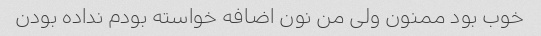
خوب بود ممنون ولی من نون اضافه خواسته بودم نداده بودن